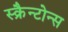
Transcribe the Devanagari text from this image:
स्क्रैन्टोन्स